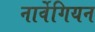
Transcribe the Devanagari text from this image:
नार्वेगियन